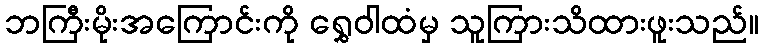
ဘကြီးမိုးအကြောင်းကို ရွှေဝါထံမှ သူကြားသိထားဖူးသည်။